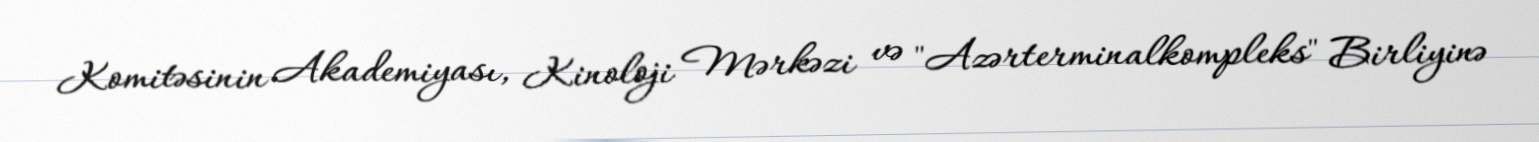
Komitəsinin Akademiyası, Kinoloji Mərkəzi və "Azərterminalkompleks" Birliyinə